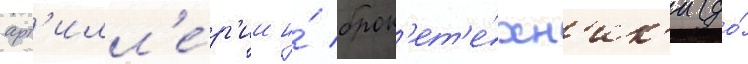
арт'илл'е́р'ии и́ брон'ет'е́хн'ик'и (до́